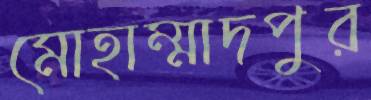
মোহাম্মাদপুর